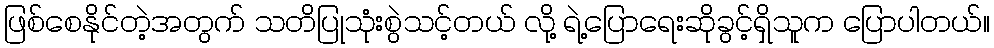
ဖြစ်စေနိုင်တဲ့အတွက် သတိပြုသုံးစွဲသင့်တယ် လို့ ရဲ့ပြောရေးဆိုခွင့်ရှိသူက ပြောပါတယ်။